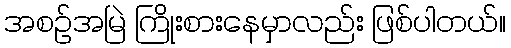
အစဉ်အမြဲ ကြိုးစားနေမှာလည်း ဖြစ်ပါတယ်။